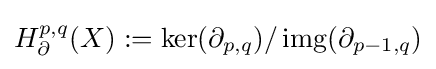
H_{\partial }^{p,q}(X):=\ker(\partial _{p,q})/\operatorname {img} (\partial _{p-1,q})